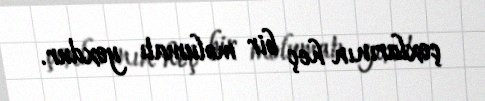
çoxlarının heç bir məlumatı yoxdur.